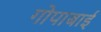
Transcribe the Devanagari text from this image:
गोपाबाई